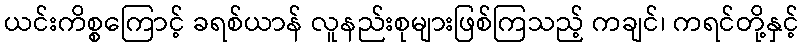
ယင်းကိစ္စကြောင့် ခရစ်ယာန် လူနည်းစုများဖြစ်ကြသည့် ကချင်၊ ကရင်တို့နှင့်